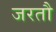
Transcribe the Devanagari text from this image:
जरतौ